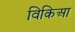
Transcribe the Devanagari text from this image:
विकिआ